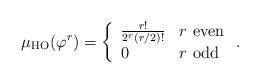
LaTeX: \begin{align*}\mu_{\rm HO}(\varphi^r) = \left\{\begin{array}{ll}\frac{r!}{2^r(r/2)!} & \mbox{$r$ even}\\0 & \mbox{$r$ odd}\end{array}\right. .\end{align*}